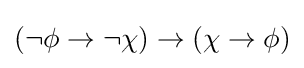
(\neg \phi \to \neg \chi )\to (\chi \to \phi )